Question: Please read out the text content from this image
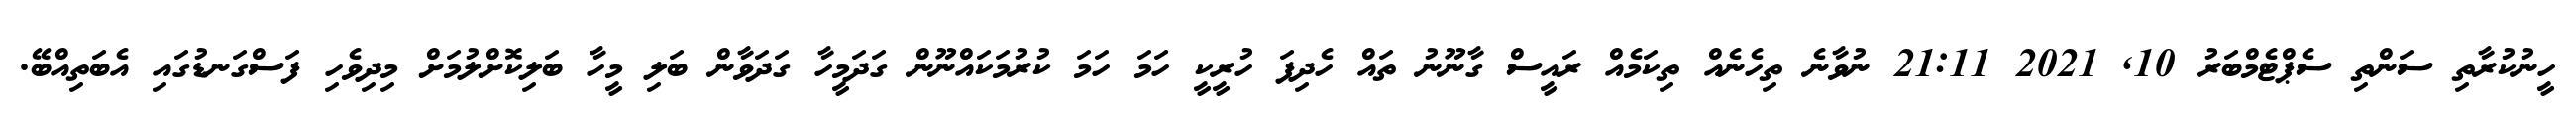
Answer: ހީނުކުރާތި ސަންތި ސެޕްޓެމްބަރު 10, 2021 21:11 ނުވާނެ ތިހެނެއް ތިކަމެއް ރައީސް ގާނޫނު ތައް ހެދިފަ ހުރީކީ ހަމަ ހަމަ ކުރުމަކައްނޫން ގަދަމީހާ ގަދަވާން ބަލި މީހާ ބަލިކޮށްލުމަށް މިދިވެހި ފަސްގަނޑުގައި އެބަތިއްބޭ.